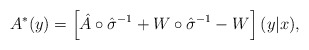
\begin{align*} A^* (y) = \left[ \hat{A} \circ \hat{\sigma}^{-1} + W \circ \hat{\sigma}^{-1} - W \right] (y|x),\end{align*}